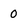
Character: 0